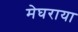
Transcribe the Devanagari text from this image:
मेघराया